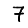
Digit: 7